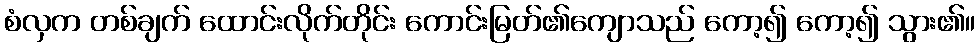
စံလှက တစ်ချက် ထောင်းလိုက်တိုင်း ကောင်းမြတ်၏ကျောသည် ကော့၍ ကော့၍ သွား၏။